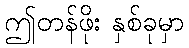
ဤတန်ဖိုး နှစ်ခုမှာ